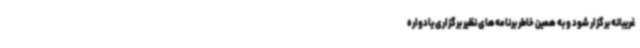
غریبانه برگزار شود و به همین خاطر برنامه‌های نظیر برگزاری یادواره